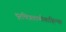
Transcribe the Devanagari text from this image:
दूरचित्रवाणीवाहिन्या